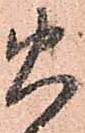
火